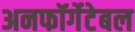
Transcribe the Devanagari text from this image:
अनफॉर्गेटेबल